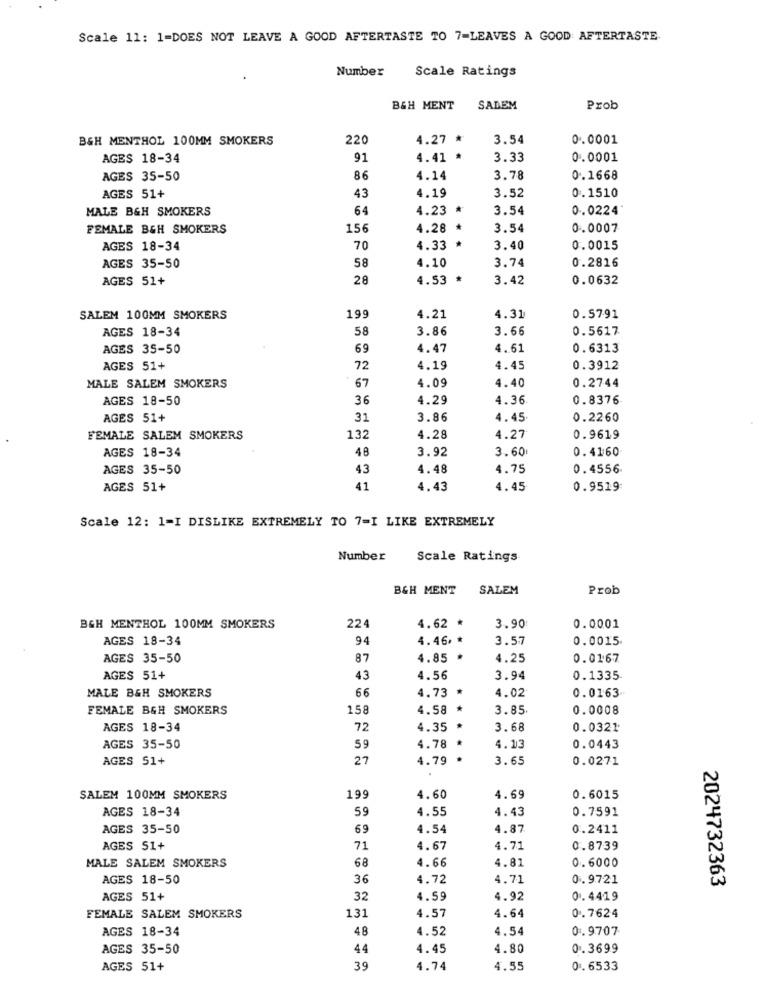
Scale 11: 1=DOES NOT LEAVE A GOOD AFTERTASTE TO 7-LEAVES A GOOD: AFTERTASTE.
Number
Scale Ratings
B&H MENT
SADEM
Prob
B&H MENTHOL 100MM SMOKERS
220
4.27 *
3.54
0.0001
AGES 18-34
91
4.41 *
3.33
0.0001
AGES 35-50
86
4.14
3.78
0.1668
43
4.19
0.1510
AGES 51+
3.52
MALE B&H SMOKERS
64
4.23 *
3.54
0.0224
FEMALE B&H SMOKERS
15€
4.28 *
3.54
0.0007
AGES 18-34
70
4.33 *
3.40
0.0015
58
0.2816
AGES 35-50
4.10
3.74
AGES 51+
28
4.53 *
3.42
0.0632
199
SALEM 100MM SMOKERS
4.21
4.31
0.57.91
AGES 18-34
58
3.86
3.66
0.5617
AGES 35-50
69
4.47
4.61
0.6313
AGES 51+
72
4.19
4.45
0.3912
4.09
4.40
0.2744
MALE SALEM SMOKERS
67
AGES 18-50
36
4.29
4.36
0.8376
AGES 51+
31
3.86
4.45
0.2260
FEMALE SALEM SMOKERS
132
4.28
4.27
0.9619
48
3.92
3.60
0. 4160
AGES 18-34
AGES 35-50
43
4.48
4.75
0.4556
AGES 51+
41
4.43
4.45
0.9519
Scale 12: 1=I DISLIKE EXTREMELY TO 7=I LIKE EXTREMELY
Number
Scale Ratings
B&H MENT
SALEM
Prob
BGH MENTHOL 100MM SMOKERS
22
4.62 *
3.90
0.0001
AGES 18-34
94
4.46, *
3.57
0.0015.
AGES 35-50
87
4.85
4.25
0.0167
AGES 51+
43
4.56
3.94
0.1335
MALE B&H SMOKERS
66
4.73 *
4.02
0.0163
FEMALE B&H SMOKERS
158
4.58 *
3.85
0.0008
AGES 18-34
72
4.35
3.68
0.0321
AGES 35-50
59
4.78 *
4.13
0.0443
AGES 51+
27
4.79 *
3.65
0.0271
19.
SALEM 100MM SMOKERS
4.60
4.69
0.6015
59
4.55
4.43
0.7591
AGES 18-34
AGES 35-50
69
4.54
4.87
0.2411
AGES 51+
71
4.67
4.71
0.8739
68
4.66
4.81
0.6000
MALE SALEM SMOKERS
AGES 18-50
36
4.72
4.71
0.9721
2024732363
AGES 51+
32
4.59
4.92
0.4419
4.57
0.7624
FEMALE SALEM SMOKERS
131
4.64
AGES 18-34
48
4.52
4.54
0.9707
AGES 35-50
44
4.45
4.80
0.3699
AGES 51+
39
4.74
4.55
0 . 6533